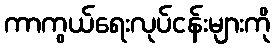
ကာကွယ်ရေးလုပ်ငန်းများကို